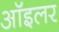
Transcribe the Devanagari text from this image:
ऑइलर